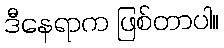
ဒီနေရာက ဖြစ်တာပါ။